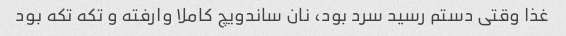
غذا وقتی دستم رسید سرد بود، نان ساندویچ کاملا وارفته و تکه تکه بود